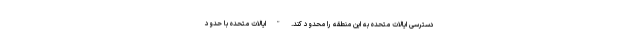
دسترسی ایالات متحده به این منطقه را محدود کند. " ایالات متحده با حدود